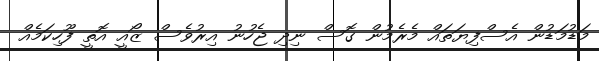
މަޑުމަޑުން އެސްފިޔަތައް މެރެމުން ގޮސް ނިދި ޖެހުނު އިރުވެސް ޒޯއީ އޮތީ ފޫހިކަމެއް